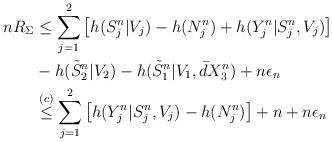
LaTeX: \begin{align*}nR_\Sigma&\leq \sum_{j=1}^2\left[h(S_j^n|V_j) - h(N_j^n)+ h(Y_j^n|S_j^n,V_j)\right] \\&- h(\tilde{S}_{2}^n|V_{2}) - h(\tilde{S}_{1}^n|V_{1},\bar{d} X_3^n)+n\epsilon_n \\ &\overset{(c)}{\leq} \sum_{j=1}^2 \left[h(Y_j^n|S_j^n,V_j)- h(N_j^n)\right]+ n +n\epsilon_n\end{align*}